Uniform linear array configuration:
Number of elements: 8
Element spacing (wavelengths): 0.5
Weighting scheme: blackman
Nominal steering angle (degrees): -60
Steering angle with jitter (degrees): -61.973
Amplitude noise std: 0.05
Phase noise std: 0.05

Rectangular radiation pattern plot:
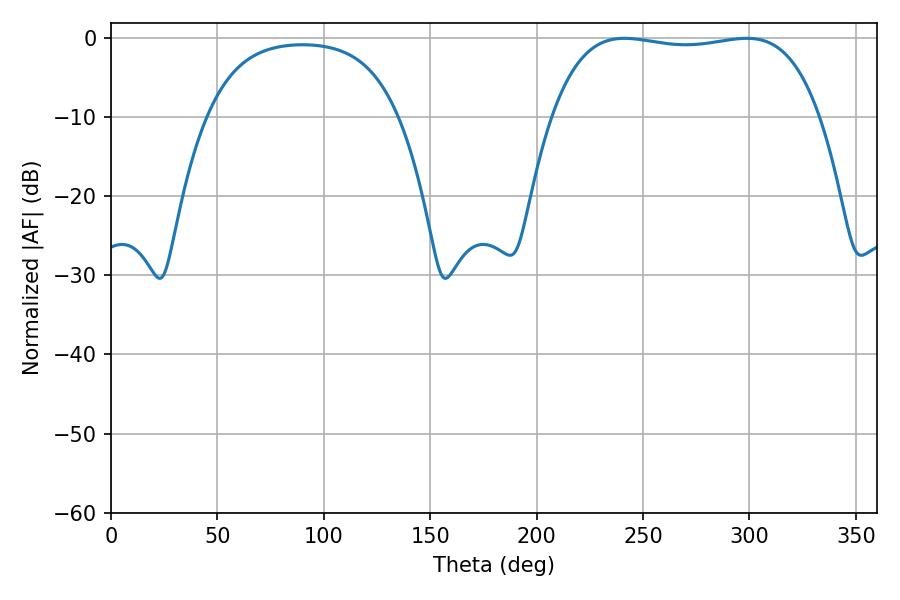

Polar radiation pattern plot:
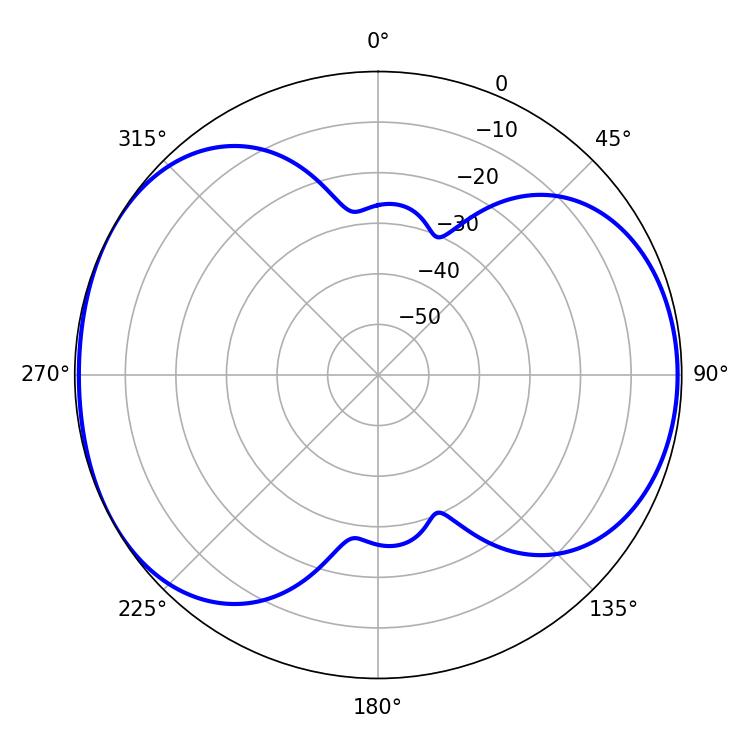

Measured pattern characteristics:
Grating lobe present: FALSE
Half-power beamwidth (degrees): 100.08
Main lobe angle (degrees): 241.2